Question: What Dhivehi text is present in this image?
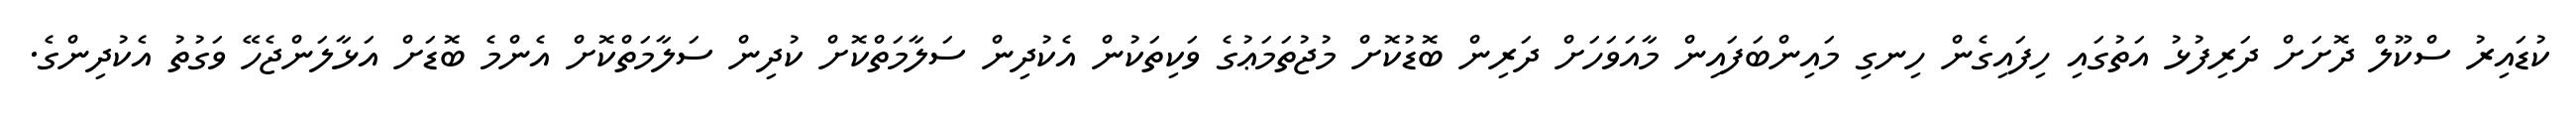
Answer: ކުޑައިރު ސްކޫލް ދޮށަށް ދަރިފުޅު އަތުގައި ހިފައިގެން ހިނގި މައިންބަފައިން މާއަވަހަށް ދަރިން ބޮޑުކޮށް މުޖުތަމަޢުގެ ވަކިތަކުން އެކުދިން ސަލާމަތްކޮށް ކުދިން ސަލާމަތްކޮށް އެންމެ ބޮޑަށް އަޅާލަންޖެހޭ ވަގުތު އެކުދިންގެ.